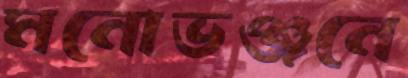
মনোভঞ্জনে